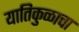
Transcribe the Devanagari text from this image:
यातिकुळाचा